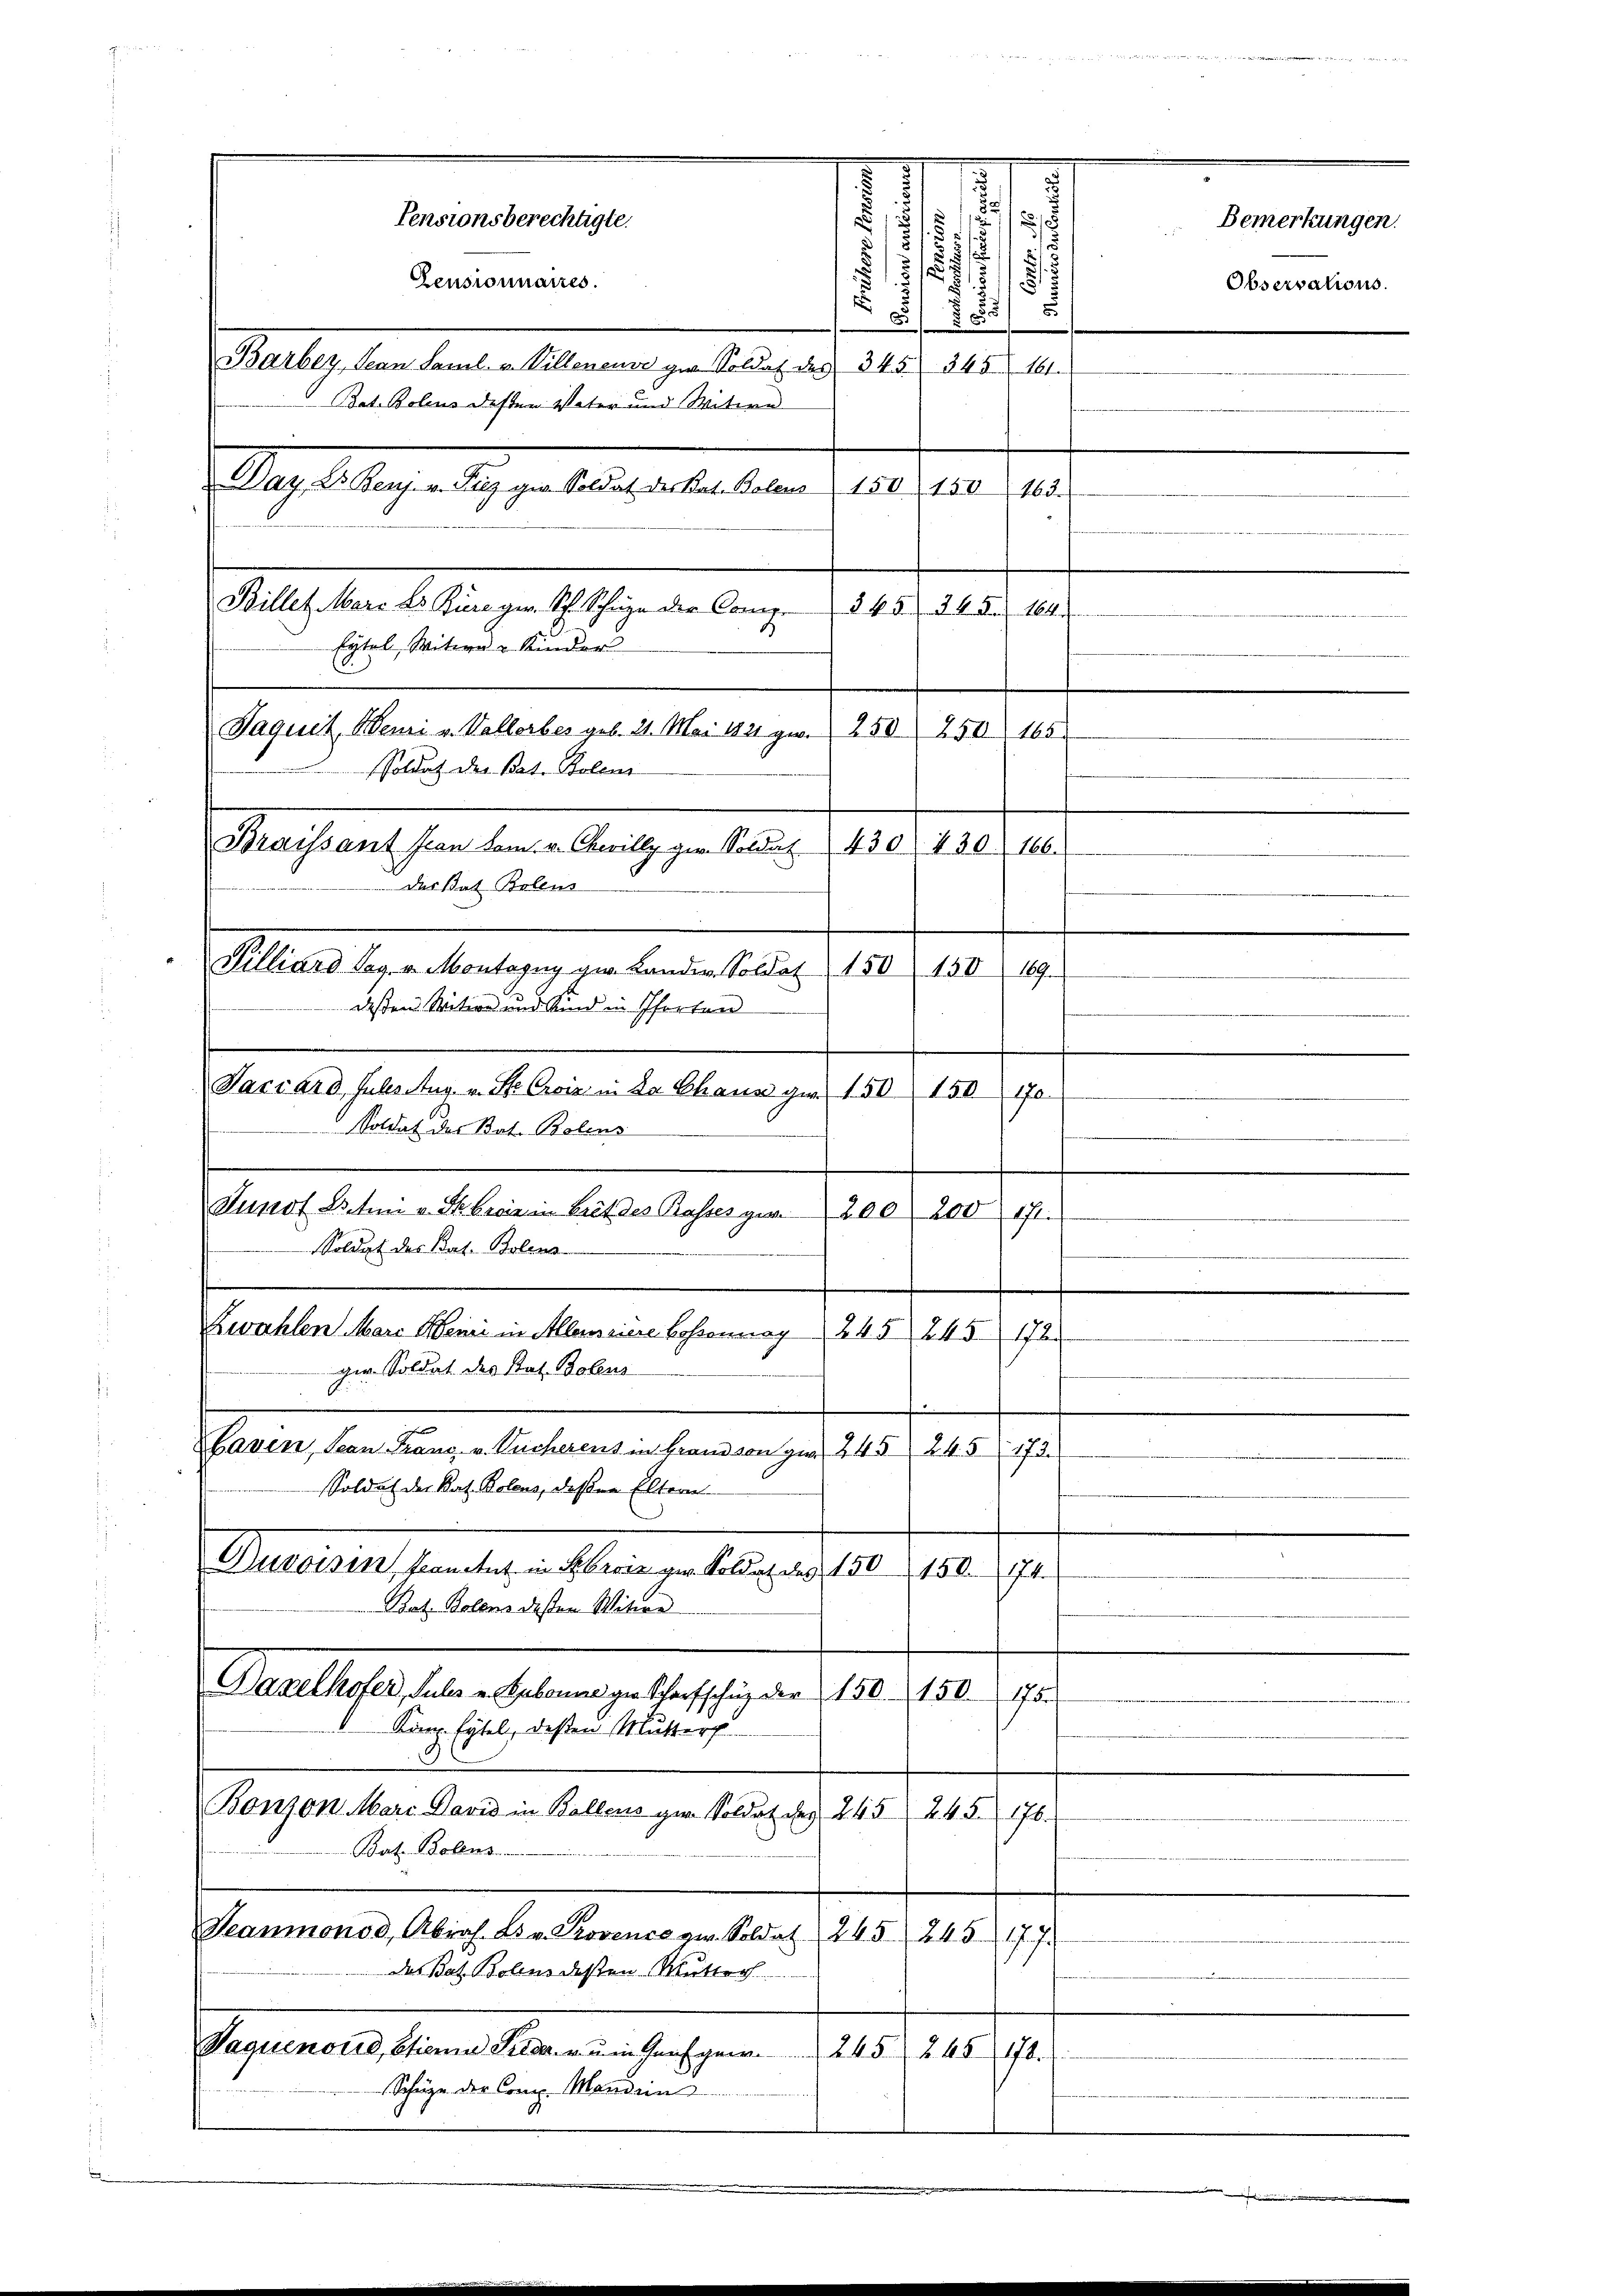
des Rat Bolens
dessen Witwe und Kind in Pforten

55/
5
d
.
/5 1
2
.

55
Barber, Jean Saml. v. Villeneuve ge. Soldat des 345. 345. 161.
Bat. Bolens desten Vater und Witwe
u Day, Dr. Benz. v. Kurz ger Soldat des Rat. Bolens 150 150 163.
Billet Marc Dr. Königer Sch. Schige der Comp.
3 f. 5
245. 164.
Eytel, Witwe Kinder
Jaquet Neuri v. Vallerbes geb. 21. Mai 1821 gw. 250 250
165
Soldat der Bat. Polens

Pensionsberechtigte.
Zensionnaires.

.
.
 15 1
s
s
Bemerkungen
4
Braissant son kann. v. Cewillig gen. Soldat 450. 420 f.
Tilliard Sag. v. Montagny zw. Lande. Soldat 150 150 189.
Pacuard, Substur. v. Ste Croisi in La Chana gern 150. 150.
170.
Junot Litten v. Skbrae in Brit des Passes gar 200. 200 fr.
.

Soldat der Bat. Bolens
Soldat des Bat. Bolens-
Zwahlen Marc Meni in Alleinere Bossonnay 245 245
7
ger. Soldat des Rat. Boleus
Baven, San Franz v. Pucherens in brandson per 245, 245, 173.
Soldat der Rat. Polens, deßen Eltern
Durossen, konntet in Ferie zur Soldat des 150, 150. 74
Rat. Bolens deßen Witwe
Baxelhofer, Sules u. Babonne ger Scharfschutz der 150. 150.
175
Komp. Eytel, deßen Mutter
Bonzon Marc David in Bollens zur Soldat des 245, 245. 176.
Bat. Bolens.
Teaumonod, Abrah. Es v. Provence zu. Soldat 245 245
17. J
deas Bat. Bolens deßen Mutter
Vaquenoud, Etiene Seide zum Gegen. 245 245 178.
Schäze der Comp. Manden

Observations.